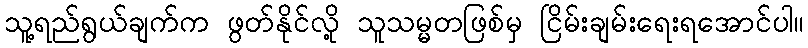
သူ့ရည်ရွယ်ချက်က ဖွတ်နိုင်လို့ သူသမ္မတဖြစ်မှ ငြိမ်းချမ်းရေးရအောင်ပါ။